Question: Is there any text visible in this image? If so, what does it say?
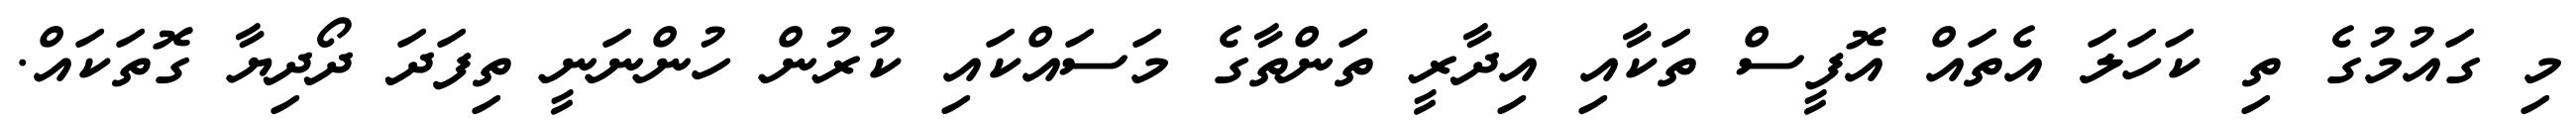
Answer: މި ގައުމުގެ ތި ކަހަލަ އެތައް އޮފީސް ތަކާއި އިދާރީ ތަންތާގެ މަސައްކައި ކުރުން ހުންނަނީ ތިފަދަ ދޯދިޔާ ގޮތަކައް.